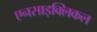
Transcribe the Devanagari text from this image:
एनसाइक्लिकल